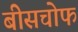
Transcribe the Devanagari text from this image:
बीसचोफ